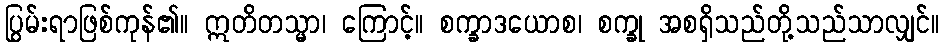
ပြွမ်းရာဖြစ်ကုန်၏။ ဣတိတသ္မာ၊ ကြောင့်။ စက္ခာဒယောစ၊ စက္ခု အစရှိသည်တို့သည်သာလျှင်။